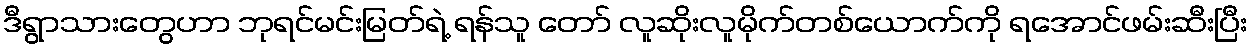
ဒီရွာသားတွေဟာ ဘုရင်မင်းမြတ်ရဲ့ ရန်သူ တော် လူဆိုးလူမိုက်တစ်ယောက်ကို ရအောင်ဖမ်းဆီးပြီး